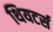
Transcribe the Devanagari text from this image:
थियटर्स